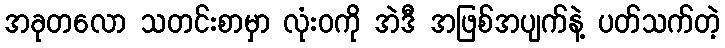
အခုတလော သတင်းစာမှာ လုံးဝကို အဲဒီ အဖြစ်အပျက်နဲ့ ပတ်သက်တဲ့